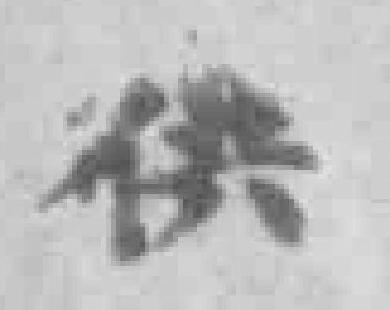
供